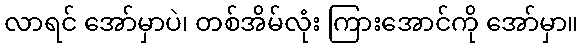
လာရင် အော်မှာပဲ၊ တစ်အိမ်လုံး ကြားအောင်ကို အော်မှာ။